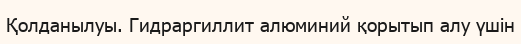
Қолданылуы. Гидраргиллит алюминий қорытып алу үшін